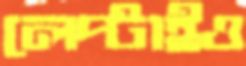
লেপ্‌টাইও